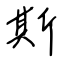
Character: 斯